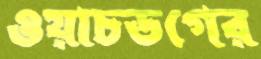
ওয়াচডগের